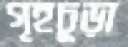
গৃহচূড়া